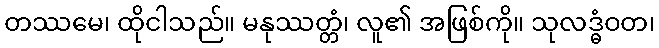
တဿမေ၊ ထိုငါသည်။ မနုဿတ္တံ၊ လူ၏ အဖြစ်ကို။ သုလဒ္ဓံဝတ၊